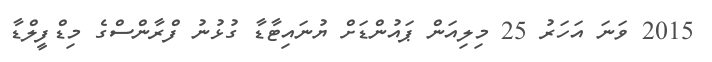
2015 ވަނަ އަހަރު 25 މިލިއަން ޕައުންޑަށް ޔުނައިޓާޑާ ގުޅުނު ފްރާންސްގެ މިޑްފީލްޑާ